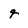
Character: q